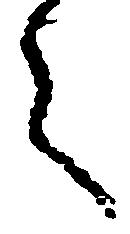
言